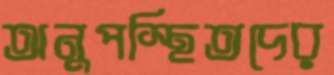
অনুপস্থিতদের